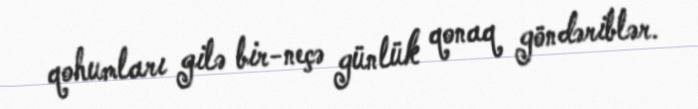
qohumları gilə bir-neçə günlük qonaq göndəriblər.